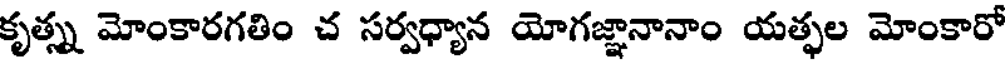
కృత్స్న మోంకారగతిం చ సర్వధ్యాన యోగజ్ఞానానాం యత్ఫల మోంకారో